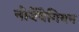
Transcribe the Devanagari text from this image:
नोर्वेवेगियन